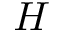
H